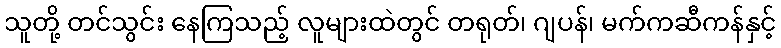
သူတို့ တင်သွင်း နေကြသည့် လူများထဲတွင် တရုတ်၊ ဂျပန်၊ မက်ကဆီကန်နှင့်